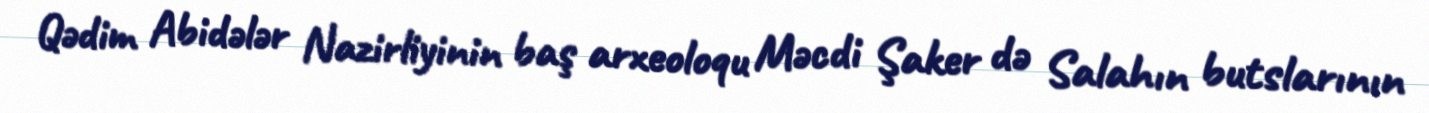
Qədim Abidələr Nazirliyinin baş arxeoloqu Məcdi Şaker də Salahın butslarının